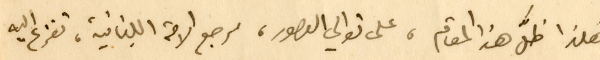
هكذا ظلَّ هذا المقام، على توالي العصور، مرجع الامة اللبنانية، تفزع اليه